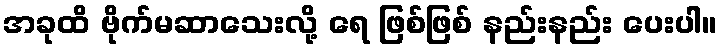
အခုထိ ဗိုက်မဆာသေးလို့ ရေ ဖြစ်ဖြစ် နည်းနည်း ပေးပါ။